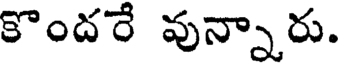
కొందరే వున్నారు.